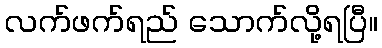
လက်ဖက်ရည် သောက်လို့ရပြီ။